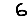
Digit: 6